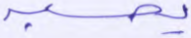
يحسبه